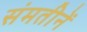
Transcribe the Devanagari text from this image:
संमतीनें